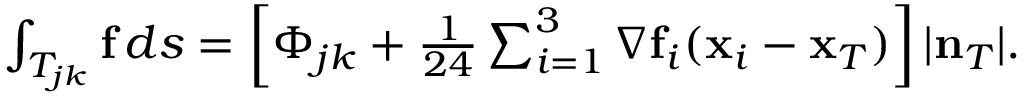
\begin{array} { r } { \int _ { T _ { j k } } { \bf f } \, d s = \left[ \Phi _ { j k } + \frac { 1 } { 2 4 } \sum _ { i = 1 } ^ { 3 } \nabla { \bf f } _ { i } ( { \bf x } _ { i } - { \bf x } _ { T } ) \right] | { \bf n } _ { T } | . } \end{array}